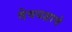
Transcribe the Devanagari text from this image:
देवयज्ञाचे